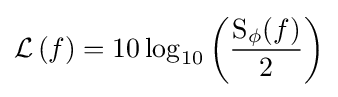
{\mathcal {L}}\left(f\right)=10\log _{10}\left({\frac {\operatorname {S} _{\phi }(f)}{2}}\right)